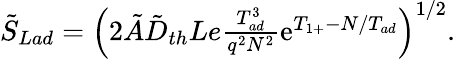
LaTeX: \begin{array}{r}{\tilde{S}_{Lad}=\left(2\tilde{A}\tilde{D}_{th}Le\frac{T_{ad}^{3}}{q^{2}N^{2}}\mathrm{e}^{T_{1+}-N/T_{ad}}\right)^{1/2}.}\end{array}